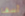
آسف